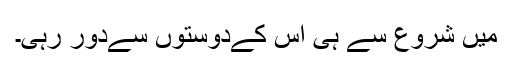
میں شروع سے ہی اس کےدوستوں سےدور رہی۔